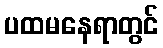
ပထမနေရာတွင်